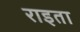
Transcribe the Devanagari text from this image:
राइता